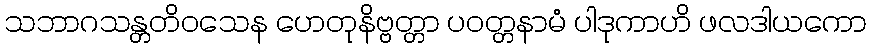
သဘာဂသန္တတိဝသေန ဟေတုနိဗ္ဗတ္တာ ပဝတ္တနာမံ ပါဒုကာဟိ ဖလဒါယကော